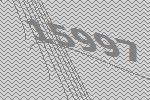
15997